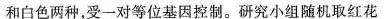
和白色两种，受一对等位基因控制。研究小组随机取红花